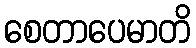
စေတာပေမာတိ